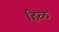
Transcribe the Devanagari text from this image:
हिळ